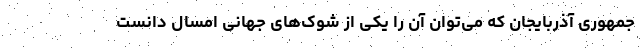
جمهوری آذربایجان که می‌توان آن را یکی از شوک‌های جهانی امسال دانست